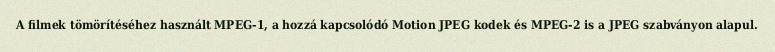
A filmek tömörítéséhez használt MPEG-1, a hozzá kapcsolódó Motion JPEG kodek és MPEG-2 is a JPEG szabványon alapul.